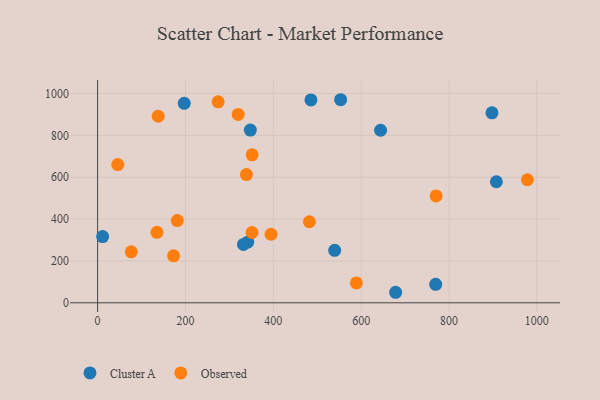
{"axis": {"x": "Price", "y": "Fuel Efficiency"}, "legend": ["Cluster A", "Observed"], "data": [{"x": "11.4", "y": 316.3, "type": "Cluster A"}, {"x": "347.7", "y": 824.9, "type": "Cluster A"}, {"x": "553.3", "y": 970.0, "type": "Cluster A"}, {"x": "907.8", "y": 578.2, "type": "Cluster A"}, {"x": "539.7", "y": 250.8, "type": "Cluster A"}, {"x": "485.7", "y": 969.1, "type": "Cluster A"}, {"x": "341.6", "y": 289.5, "type": "Cluster A"}, {"x": "332.1", "y": 279.0, "type": "Cluster A"}, {"x": "644.2", "y": 824.2, "type": "Cluster A"}, {"x": "769.7", "y": 88.1, "type": "Cluster A"}, {"x": "678.5", "y": 50.3, "type": "Cluster A"}, {"x": "197.2", "y": 952.8, "type": "Cluster A"}, {"x": "897.8", "y": 907.2, "type": "Cluster A"}, {"x": "76.6", "y": 243.5, "type": "Observed"}, {"x": "135.1", "y": 336.7, "type": "Observed"}, {"x": "45.9", "y": 660.2, "type": "Observed"}, {"x": "137.8", "y": 891.0, "type": "Observed"}, {"x": "351.6", "y": 335.8, "type": "Observed"}, {"x": "181.4", "y": 392.6, "type": "Observed"}, {"x": "320.0", "y": 900.0, "type": "Observed"}, {"x": "351.8", "y": 706.8, "type": "Observed"}, {"x": "394.8", "y": 327.4, "type": "Observed"}, {"x": "274.4", "y": 960.0, "type": "Observed"}, {"x": "978.4", "y": 587.8, "type": "Observed"}, {"x": "770.7", "y": 510.7, "type": "Observed"}, {"x": "338.8", "y": 612.4, "type": "Observed"}, {"x": "172.9", "y": 224.3, "type": "Observed"}, {"x": "589.1", "y": 94.9, "type": "Observed"}, {"x": "482.2", "y": 387.1, "type": "Observed"}]}